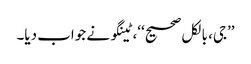
’’جی، بالکل صحیح‘‘، ٹینگو نے جواب دیا۔